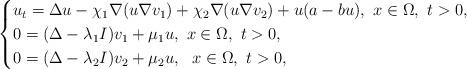
LaTeX: \begin{align*}\begin{cases}u_{t}=\Delta u -\chi_1\nabla( u\nabla v_1)+\chi_2 \nabla(u\nabla v_2 )+ u(a -b u), \ x\in\Omega,\ t>0, \\0=(\Delta- \lambda_1 I)v_1+ \mu_1 u , \ x\in\Omega,\ t>0, \\0=(\Delta- \lambda_2 I)v_2+ \mu_2 u , \ \ x\in\Omega,\ t>0 ,\end{cases}\end{align*}